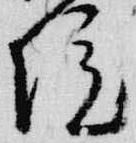
院